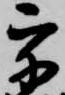
宇